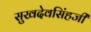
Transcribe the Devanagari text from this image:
सुखदेवसिंहजी